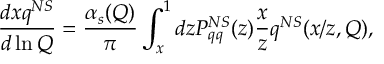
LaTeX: \frac { d x q ^ { N S } } { d \ln Q } = \frac { \alpha _ { s } ( Q ) } { \pi } \int _ { x } ^ { 1 } d z P _ { q q } ^ { N S } ( z ) \frac { x } { z } q ^ { N S } ( x / z , Q ) ,